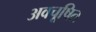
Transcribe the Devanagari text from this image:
अवचूषित